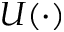
U ( \cdot )